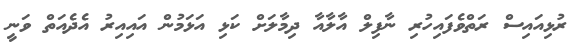
ރުޅިއައިސް ރަތްވެފައިހުރި ނާފިލް އާލާއާ ދިމާލަށް ކަޅި އަޅަމުން އައިއިރު އެދެއަތް ވަނީ